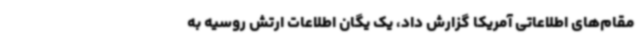
مقام‌های اطلاعاتی آمریکا گزارش داد، یک یگان اطلاعات ارتش روسیه به